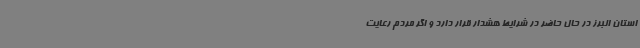
استان البرز در حال حاضر در شرایط هشدار قرار دارد و اگر مردم رعایت